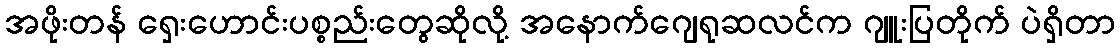
အဖိုးတန် ရှေးဟောင်းပစ္စည်းတွေဆိုလို့ အနောက်ဂျေရုဆလင်က ဂျူးပြတိုက် ပဲရှိတာ